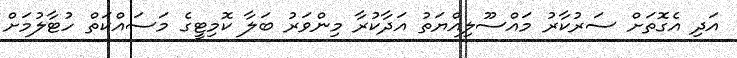
އަދި އެގޮތަށް ސަރުކާރު މައްސޫލިއްޔަތު އަދާކުރާ މިންވަރު ބަލާ ކޮމިޓީގެ މަސައްކަތް ހުޓާލުމަށް